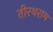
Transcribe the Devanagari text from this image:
तीरथराम